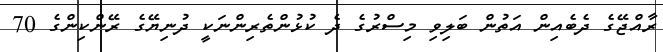
ރާއްޖޭގެ ދެބެއިން އަތުން ބަލިވި މިސްރުގެ ދެ ކުޅުންތެރިންނަކީ ދުނިޔޭގެ ރޭންކިންގެ 70